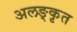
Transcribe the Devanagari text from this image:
अलङ्कृत